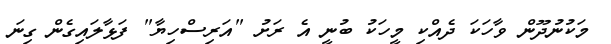
މަކުނުދޫން ވާހަކަ ދެއްކި މީހަކު ބުނީ އެ ރަށު "އަރިސްހިޔާ" ފަޅާލައިގެން ގިނަ